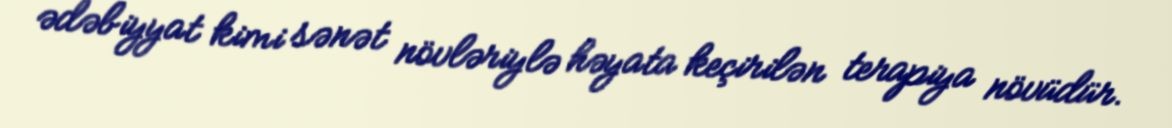
ədəbiyyat kimi sənət növləriylə həyata keçirilən terapiya növüdür.